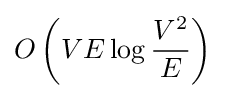
O\left(VE\log {\frac {V^{2}}{E}}\right)